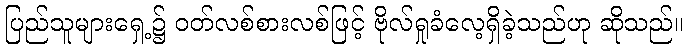
ပြည်သူများရှေ့၌ ဝတ်လစ်စားလစ်ဖြင့် ဗိုလ်ရှုခံလေ့ရှိခဲ့သည်ဟု ဆိုသည်။